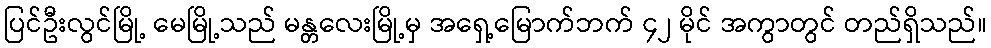
ပြင်ဦးလွင်မြို့ မေမြို့သည် မန္တလေးမြို့မှ အရှေ့မြောက်ဘက် ၄၂ မိုင် အကွာတွင် တည်ရှိသည်။